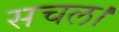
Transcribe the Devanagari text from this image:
सचल।